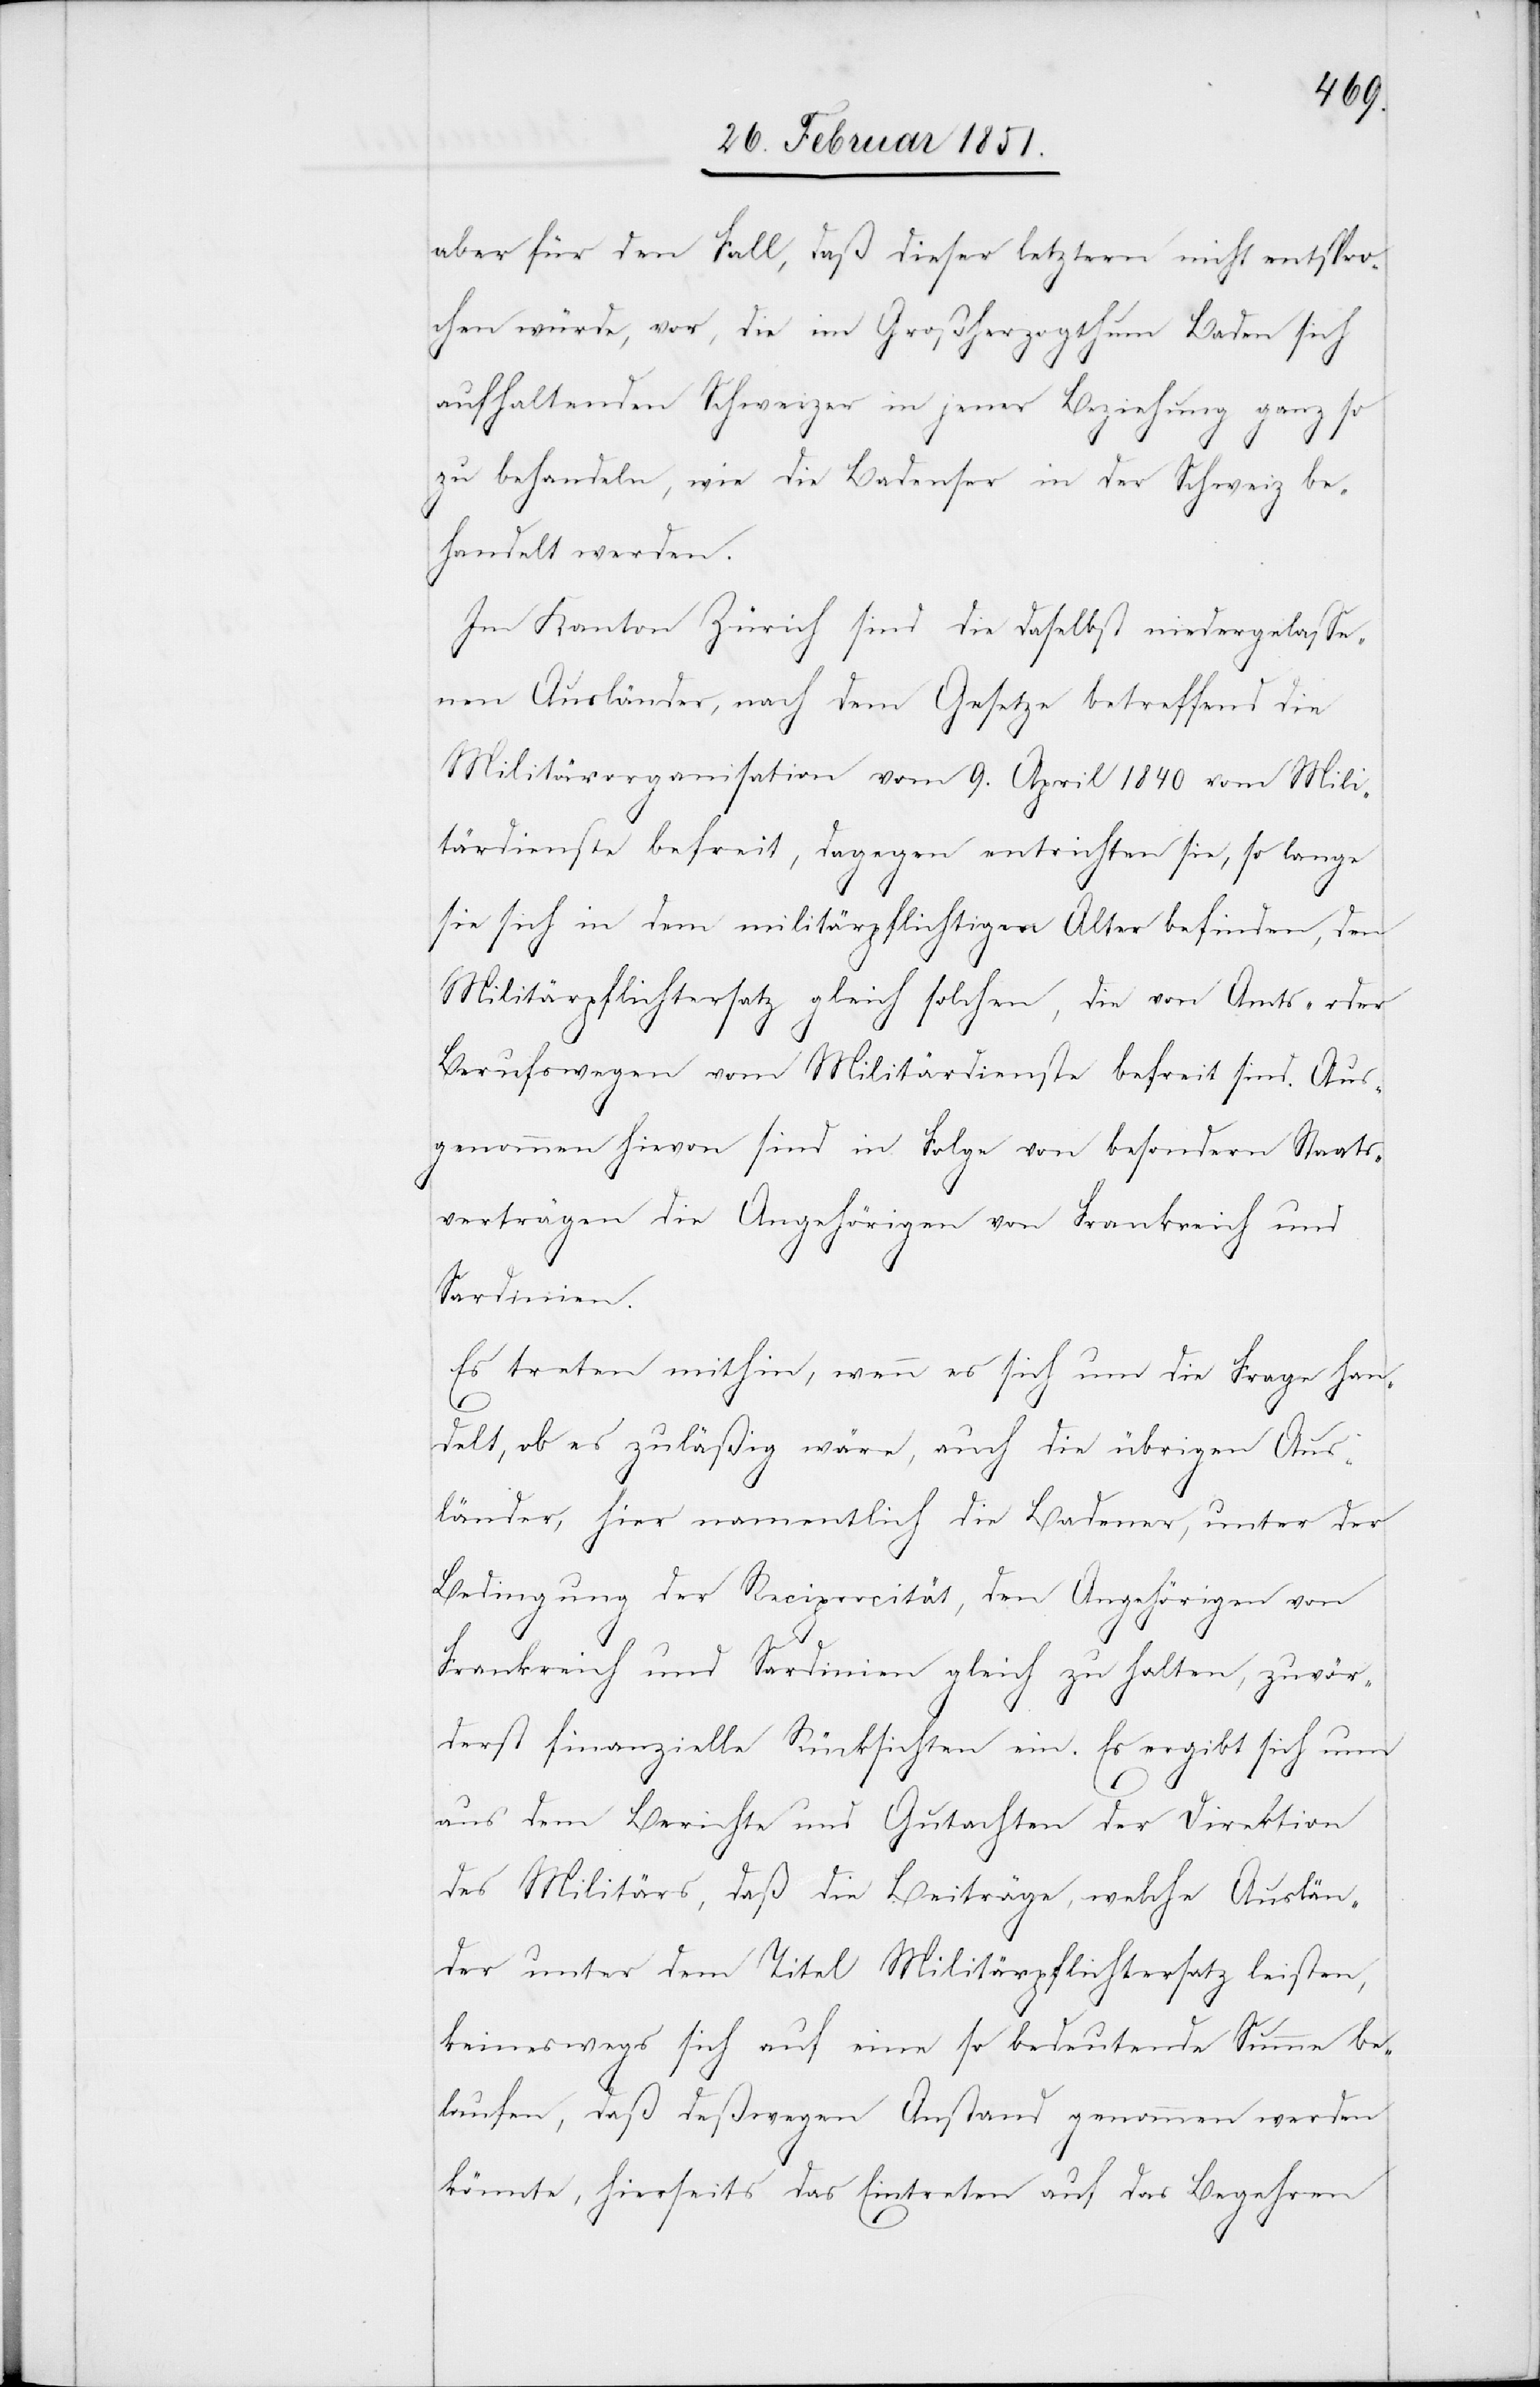
aber für den Fall, daß dieser letztern nicht entspro¬
chen würde, vor, die im Großherzogthum Baden sich
aufhaltenden Schweizer in jener Beziehung ganz so
zu behandeln, wie die Badenser in der Schweiz be¬
handelt werden.
Im Kanton Zürich sind die daselbst niedergelasse¬
nen Ausländer, nach dem Gesetze betreffend die
Militärorganisation vom 9. April 1840 vom Mili¬
tärdienste befreit, dagegen entrichten sie, so lange
sie sich in dem militärpflichtigen Alter befinden, den
Militärpflichtersatz gleich solchen, die von Amts- oder
Berufswegen vom Militärdienste befreit sind. Aus¬
genommen hievon sind in Folge von besondern Staats¬
verträgen die Angehörigen von Frankreich und
Sardinien.
Es treten mithin, wenn es sich um die Frage han¬
delt, ob es zuläßig wäre, auch die übrigen Aus¬
länder, hier namentlich die Badener, unter der
Bedingung der Reciprocität, den Angehörigen von
Frankreich und Sardinien gleich zu halten, zuvör¬
derst finanzielle Rücksichten ein. Es ergibt sich nun
aus dem Berichte und Gutachten der Direktion
des Militärs, daß die Beiträge, welche Auslän¬
der unter dem Titel Militärpflichtersatz leisten,
keineswegs sich auf eine so bedeutende Summe be¬
laufen, daß deßwegen Anstand genommen werden
könnte, hierseits das Eintreten auf das Begehren